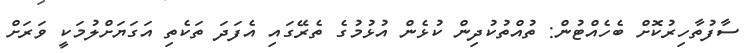
ސާފުތާހިރުކޮށް ބެހެއްޓުން: ތުއްތުކުދިން ކުޅެން އުޅުމުގެ ތެރޭގައި އެފަދަ ތަކެތި އަގަޔަށްލުމަކީ ވަރަށް